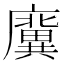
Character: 𢋸